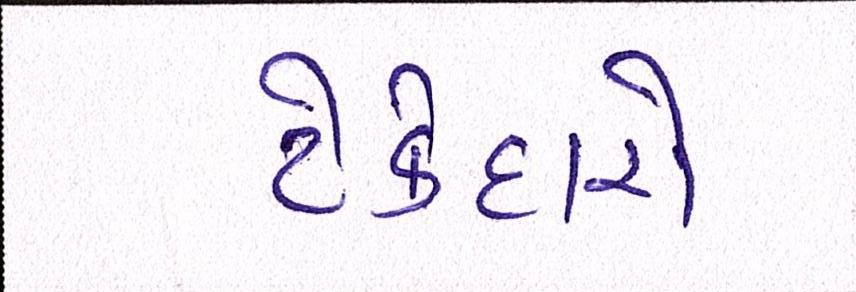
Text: ટેકેદારો